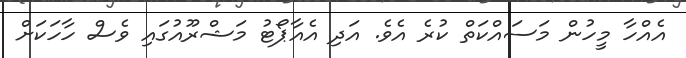
އެއްހާ މީހުން މަސައްކަތް ކުރެ އެވެ. އަދި އެއާޕޯޓު މަޝްރޫއުގައި ވެސް ހާހަކަށް